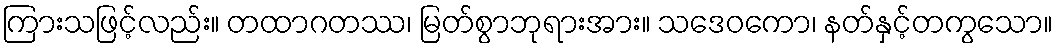
ကြားသဖြင့်လည်း။ တထာဂတဿ၊ မြတ်စွာဘုရားအား။ သဒေဝကော၊ နတ်နှင့်တကွသော။